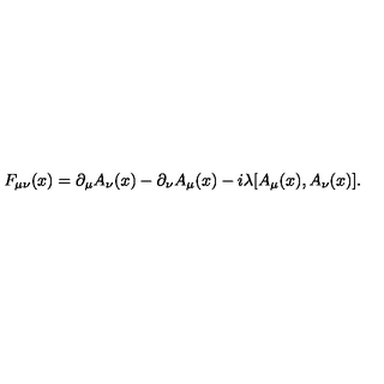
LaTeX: F _ { \mu \nu } ( x ) = \partial _ { \mu } A _ { \nu } ( x ) - \partial _ { \nu } A _ { \mu } ( x ) - i \lambda [ A _ { \mu } ( x ) , A _ { \nu } ( x ) ] .